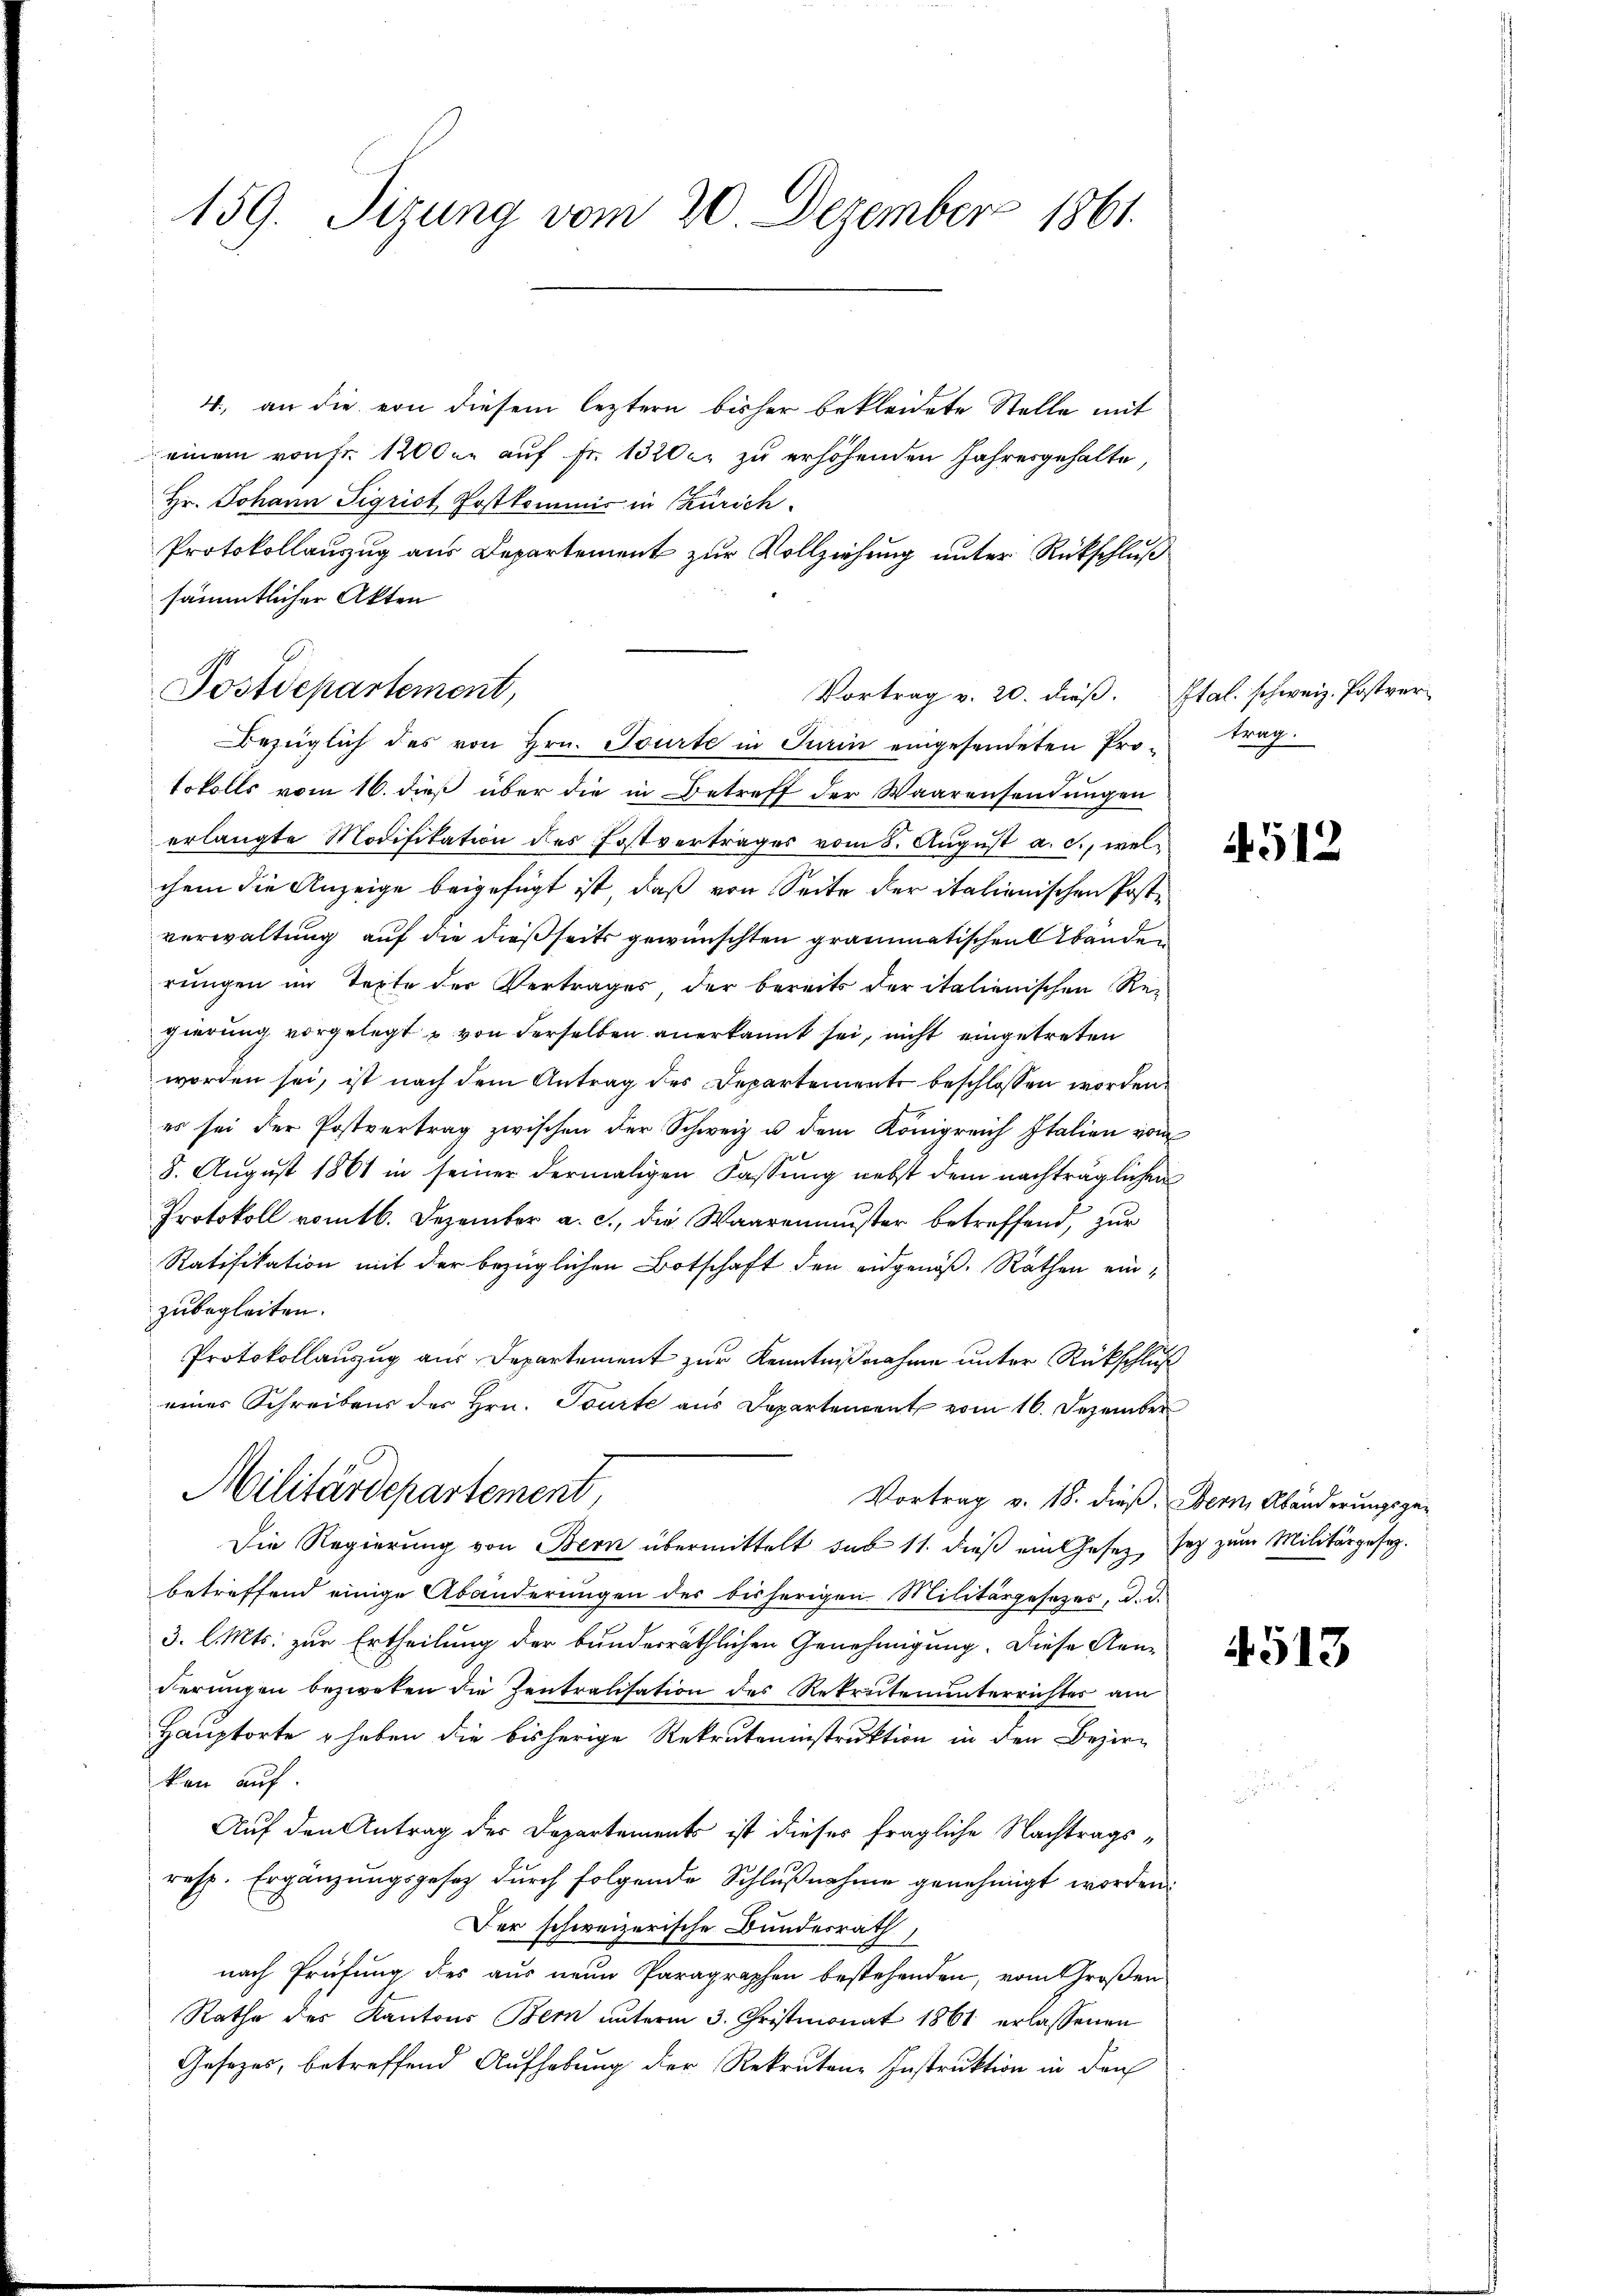
159. Sizung vom 20. Dezember 1861.

4., an die von diesem leztern bisher bekleidete Stelle mit
einem von fr. 1200 u. auf Fr. 13200. zu erhöhenden Jahresgehalte,
Hr. Johann Sigrist Postkommis in Zürich.
Protokollauszug aus Departement zur Vollziehung unter Rückschluß
sämmtlicher Akten
Bezüglich des von Hrn. Tourte in Turin eingesendeten Pro trag.
tokolls vom 16. dieß über die in Betreff der Waarensendungen
erlangte Modifikation des Postvertrages vom 8. August a. c., welchem die Anzeige beigefügt ist, daß von Seite der italienischen Postverwaltung auf die dießseits gewünschten grammatischen Abenden
rungen im Texte der Vertrages, der bereits der italienischen Regierung vorgelegt u von derselben anerkannt sei, nicht eingetreten
worden sei, ist nach dem Antrag des Departemente beschlossen worden.
es sei der Postvertrag zwischen der Schweiz u. dem Königreich Italien vom
8. August 1861 in seiner dermaligen Fassung nebst dem nachträglichen
Protokoll romtb. Dezember a. c., die Waarenmuster betreffend, zur
Ratifikation mit der bezüglichen Botschaft den eidgenöß, Räthen einzubegleiten.
Protokollanzug aus Departement zur Kenntnißnahme unter Rückschluß
einer Schreibens des Hrn. Tourte aus Departement vom 16. Dezember
Militärdepartement,
Vortrag v. 18. dieß, Bern, Abänderungsge¬
Die Regierung von Bern übermittelt der 11. dieß ein Gesetz, sey zum Militärgesetz-
betreffend einige Abänderungen des bisherigen Militärgesetzes, d. d.
3. l. Mts. zur Ertheilung der bunderräthlichen Genehmigung. Diese Aen-
derungen bezweken die Zentralisation des Rekrutenunterrichter am
Hauptorte haben die bisherige Rekruteninstruktion in den Bezirkan auf
Auf den Antrag der Departements ist dieses fragliche Nachtrags¬
resp. Ergänzungsgesez durch folgende Schlußnahme genehmigt worden.
Der schweizerische Bundesrath,
nach Prüfung des aus neue Paragraphen bestehenden, vom Großen
Rathe des Kantons Bern ŭnterm 3. Christmonat 1861 erlassenen
Gesetzes, betreffend Aufhebung der Rekrutene Instruktion in den

Postdepartement,
Vortrag v. 20. dieß. Ital. schweiz. Postver¬

512

4513